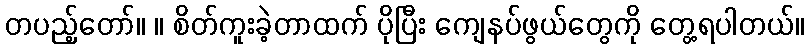
တပည့်တော်။ ။ စိတ်ကူးခဲ့တာထက် ပိုပြီး ကျေနပ်ဖွယ်တွေကို တွေ့ရပါတယ်။